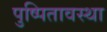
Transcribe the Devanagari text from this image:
पुष्पितावस्था